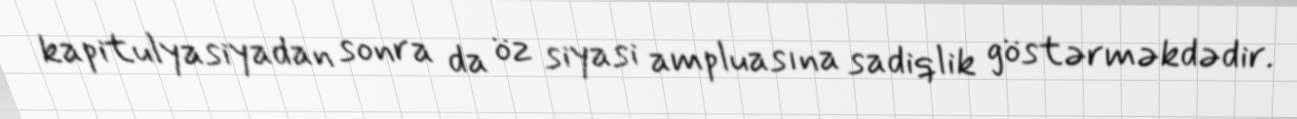
kapitulyasiyadan sonra da öz siyasi ampluasına sadiqlik göstərməkdədir.